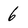
Character: 6